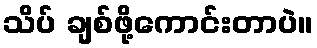
သိပ် ချစ်ဖို့ကောင်းတာပဲ။